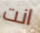
انت